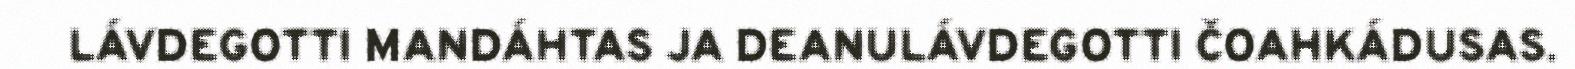
LÁVDEGOTTI MANDÁHTAS JA DEANULÁVDEGOTTI ČOAHKÁDUSAS.